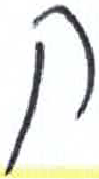
אות: ק